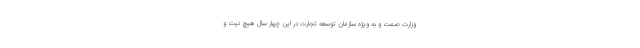
وزارت صمت و به ویژه سازمان توسعه تجارت در این چهار سال هیچ نیت و